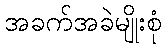
အခက်အခဲမျိုးစုံ